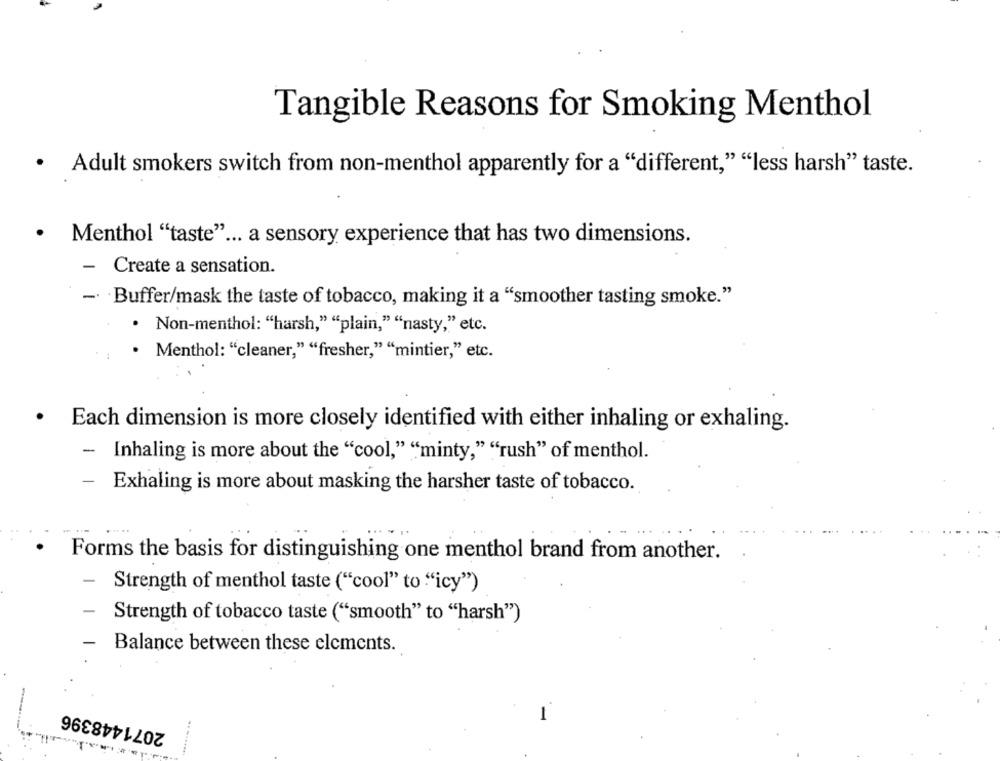
Tangible Reasons for Smoking Menthol
· Adult smokers switch from non-menthol apparently for a "different," "less harsh" taste.
· Menthol "taste" ... a sensory experience that has two dimensions.
- Create a sensation.
- Buffer/mask the taste of tobacco, making it a "smoother tasting smoke."
. Non-menthol: "harsh," "plain," "nasty," etc.
. Menthol: "cleaner," "fresher," "mintier," etc.
.
Each dimension is more closely identified with either inhaling or exhaling.
-
Inhaling is more about the "cool," "minty," "rush" of menthol.
-
Exhaling is more about masking the harsher taste of tobacco.
Forms the basis for distinguishing one menthol brand from another.
-
Strength of menthol taste ("cool" to "icy")
Strength of tobacco taste ("smooth" to "harsh")
Balance between these elements.
2071448396
-